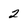
Character: 2